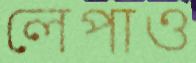
লেপাও